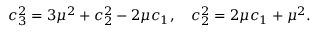
c _ { 3 } ^ { 2 } = 3 \mu ^ { 2 } + c _ { 2 } ^ { 2 } - 2 \mu c _ { 1 } , ~ ~ ~ c _ { 2 } ^ { 2 } = 2 \mu c _ { 1 } + \mu ^ { 2 } .